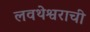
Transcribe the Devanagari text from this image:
लवथेश्वराची